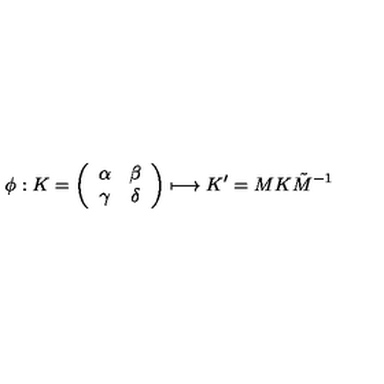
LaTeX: \phi : K = \left( \begin{array} { c c } { \alpha } & { \beta } \\ { \gamma } & { \delta } \\ \end{array} \right) \longmapsto K ^ { \prime } = M K \tilde { M } ^ { - 1 }